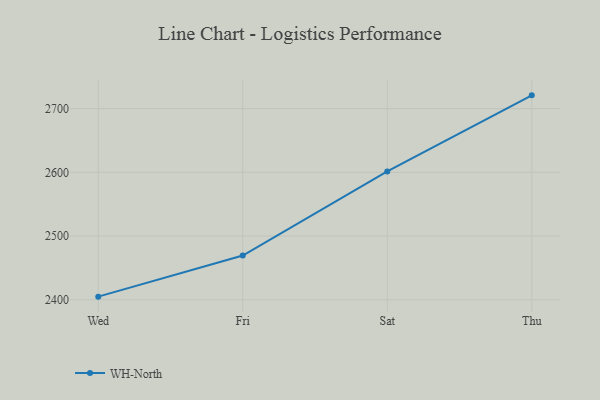
{"axis": {"x": "Day", "y": "Demand Index"}, "legend": ["WH-North"], "data": [{"x": "Wed", "y": 2404.8, "type": "WH-North"}, {"x": "Fri", "y": 2469.4, "type": "WH-North"}, {"x": "Sat", "y": 2601.3, "type": "WH-North"}, {"x": "Thu", "y": 2720.8, "type": "WH-North"}]}